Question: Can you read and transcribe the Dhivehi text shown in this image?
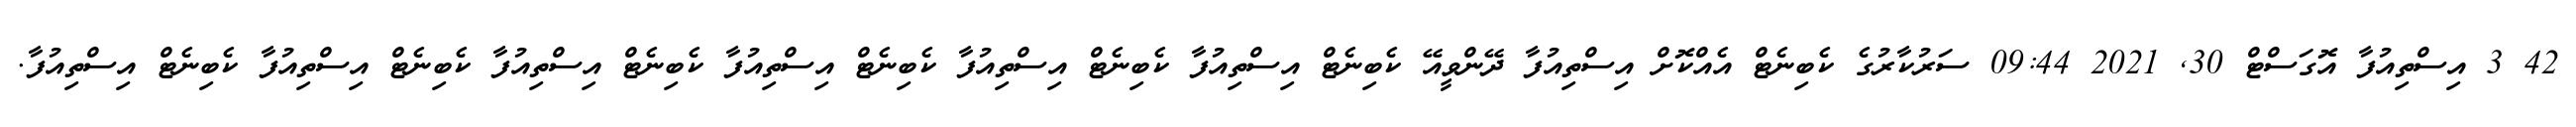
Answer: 42 3 އިސްތިއުފާ އޮގަސްޓް 30, 2021 09:44 ސަރުކާރުގެ ކެބިނެޓް އެއްކޮށް އިސްތިއުފާ ދޭންވީއޭ ކެބިނެޓް އިސްތިއުފާ ކެބިނެޓް އިސްތިއުފާ ކެބިނެޓް އިސްތިއުފާ ކެބިނެޓް އިސްތިއުފާ ކެބިނެޓް އިސްތިއުފާ ކެބިނެޓް އިސްތިއުފާ.